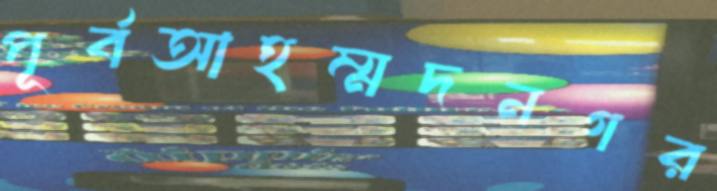
পূর্বআহম্মদনগর